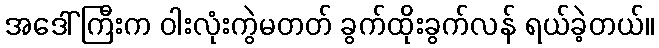
အဒေါ်ကြီးက ဝါးလုံးကွဲမတတ် ခွက်ထိုးခွက်လန် ရယ်ခဲ့တယ်။